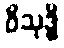
ဝိသုဒ္ဓိ